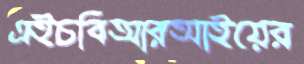
এইচবিআরআইয়ের